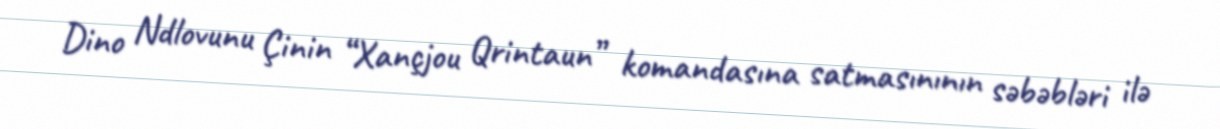
Dino Ndlovunu Çinin “Xançjou Qrintaun” komandasına satmasınının səbəbləri ilə